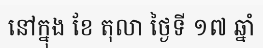
នៅក្នុង ខែ តុលា ថ្ងៃទី ១៧ ឆ្នាំ